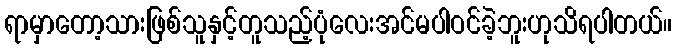
ရာမှာတော့သားဖြစ်သူနှင့်တူသည့်ပုံလေးအင်မပါဝင်ခဲ့ဘူးဟုသိရပါတယ်။